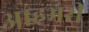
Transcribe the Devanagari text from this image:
आहभरी